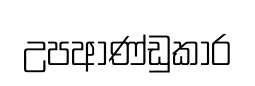
උපආණ්ඩුකාර